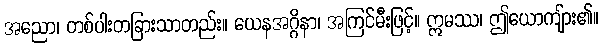
အညော၊ တစ်ပါးတခြားသာတည်း။ ယေနအဂ္ဂိနာ၊ အကြင်မီးဖြင့်။ ဣမဿ၊ ဤယောကျ်ား၏။